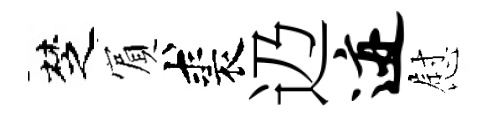
椘賔裘辸迹慰